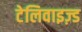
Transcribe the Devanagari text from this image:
टेलिवाइज़्ड